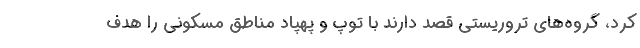
کرد، گروه‌های تروریستی قصد دارند با توپ و پهپاد مناطق مسکونی را هدف